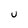
Character: U